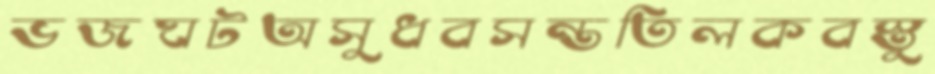
ভজঘটঅসুধবসন্ততিলকবস্তু